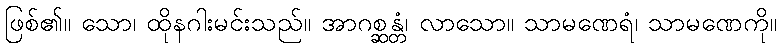
ဖြစ်၏။ သော၊ ထိုနဂါးမင်းသည်။ အာဂစ္ဆန္တံ၊ လာသော။ သာမဏေရံ၊ သာမဏေကို။